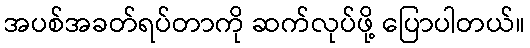
အပစ်အခတ်ရပ်တာကို ဆက်လုပ်ဖို့ ပြောပါတယ်။